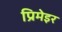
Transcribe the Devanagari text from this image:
प्रिमेइर